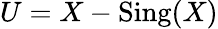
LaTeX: U=X-{\mathrm{Sing}}(X)